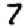
Digit: 7